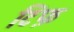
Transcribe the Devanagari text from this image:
टिफ़